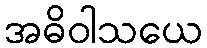
အဓိဝါသယေ